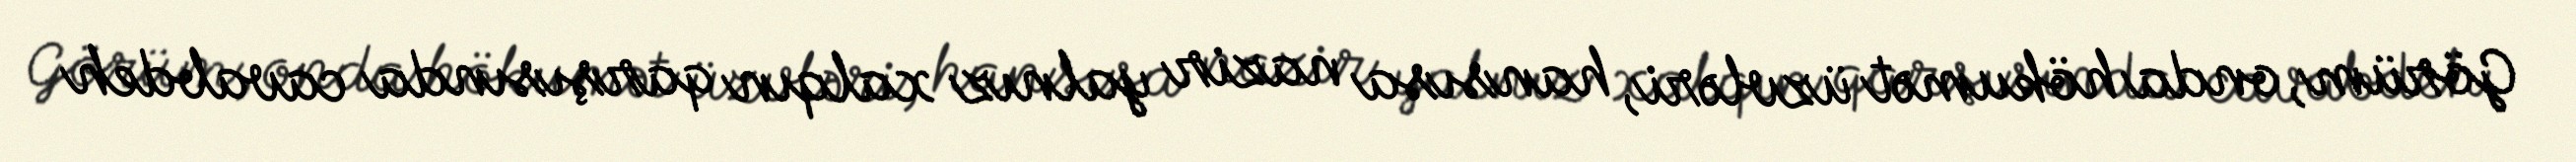
Görüm, onda hökumət üzvləri, hansısa nazir yalnız xalqın qarşısında cavabdeh